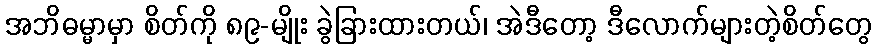
အဘိဓမ္မာမှာ စိတ်ကို ၈၉-မျိုး ခွဲခြားထားတယ်၊ အဲဒီတော့ ဒီလောက်များတဲ့စိတ်တွေ